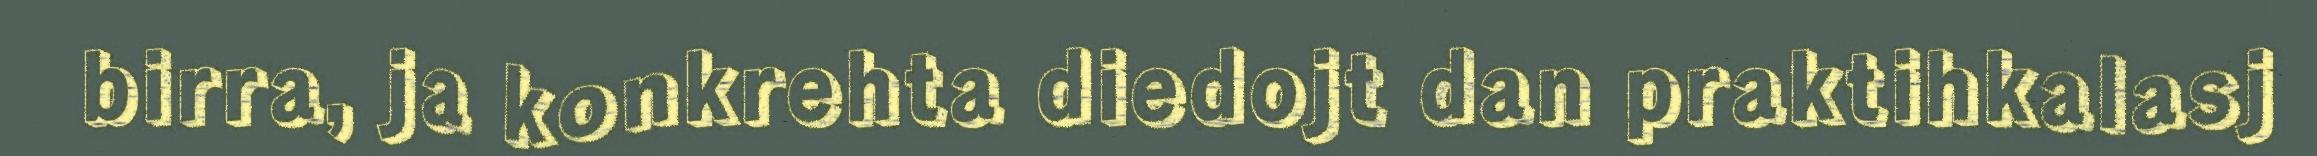
birra, ja konkrehta diedojt dan praktihkalasj